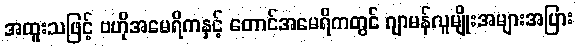
အထူးသဖြင့် ဗဟိုအမေရိကနှင့် တောင်အမေရိကတွင် ဂျာမန်လူမျိုးအများအပြား